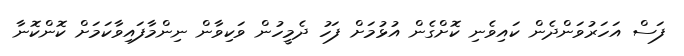
ފަސް އަހަރުވަންދެން ކައިވެނި ކޮށްގެން އުޅުމަށް ފަހު ދެމީހުން ވަކިވާން ނިންމާފައިވާކަމަށް ކޮންކޮނާ